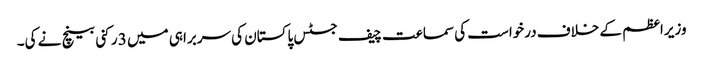
وزیراعظم کے خلاف درخواست کی سماعت چیف جسٹس پاکستان کی سربراہی میں 3 رکنی بینچ نے کی۔